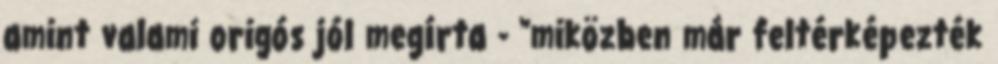
amint valami origós jól megírta - "miközben már feltérképezték